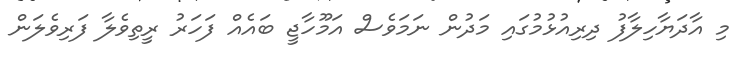
މި އާދަޔާހިލާފު ދިރިއުޅުމުގައި މަދުން ނަމަވެސް އަމޫހާޖީ ބައެއް ފަހަރު ރީތިވެލާ ފަރިވެލަން